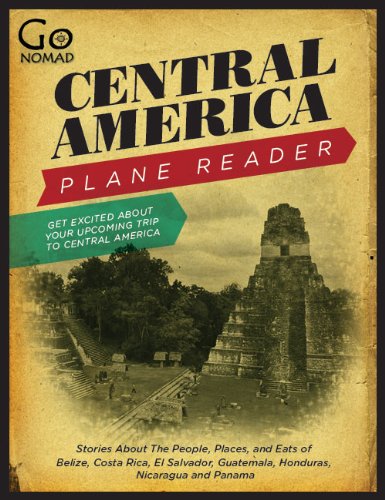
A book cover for Central America Plane Reader - Stories about the people, places, and eats of Belize, Costa Rica, El Salvador, Guatemala, Honduras and Panama (GoNomad Plane Readers); Max Hartshorne; Travel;